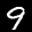
Label: 9